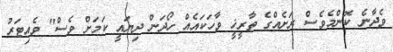
ވެދާނެ ކޮންމެވެސް ރަށެއްގެ ތާރީޚީ ވާހަކައެއް ހޯދަން ދިޔައީ ކަމަށް ވެސް" ވެއިޓަރު